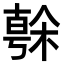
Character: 𣘒